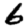
Digit: 6